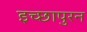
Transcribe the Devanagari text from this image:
इच्छापुरन